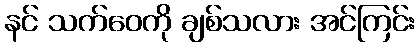
နင် သက်ဝေကို ချစ်သလား အင်ကြင်း